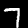
Label: 7